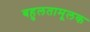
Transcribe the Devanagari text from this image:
बहुलतामूलक